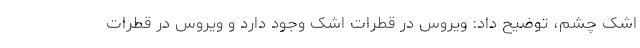
اشک چشم، توضیح داد: ویروس در قطرات اشک وجود دارد و ویروس در قطرات